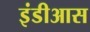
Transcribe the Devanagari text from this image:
इंडीआस